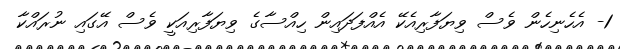
1- އެހެނިހެން ވެސް ވިޔަފާރިއެކޭ އެއްފަދައިން ހިއްސާގެ ވިޔަފާރިއަކީ ވެސް އޭގައި ނުރައްކާ